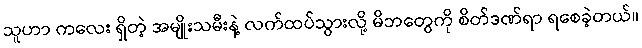
သူဟာ ကလေး ရှိတဲ့ အမျိုးသမီးနဲ့ လက်ထပ်သွားလို့ မိဘတွေကို စိတ်ဒဏ်ရာ ရစေခဲ့တယ်။